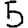
Digit: 5